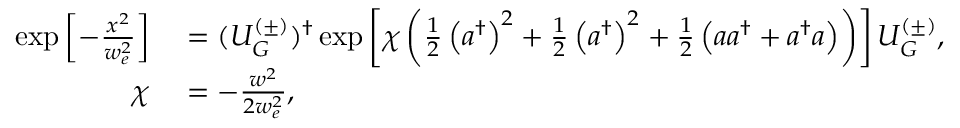
\begin{array} { r l } { \exp \left[ - \frac { x ^ { 2 } } { w _ { e } ^ { 2 } } \right] } & { { } = ( U _ { G } ^ { ( \pm ) } ) ^ { \dag } \exp \left[ \chi \left( \frac { 1 } { 2 } \left( a ^ { \dag } \right) ^ { 2 } + \frac { 1 } { 2 } \left( a ^ { \dag } \right) ^ { 2 } + \frac { 1 } { 2 } \left( a a ^ { \dag } + a ^ { \dag } a \right) \right) \right] U _ { G } ^ { ( \pm ) } , } \\ { \chi } & { { } = - \frac { w ^ { 2 } } { 2 w _ { e } ^ { 2 } } , } \end{array}